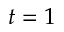
t = 1